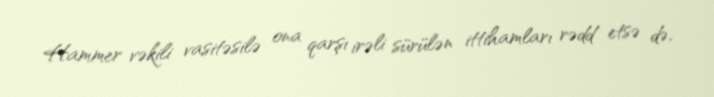
Hammer vəkili vasitəsilə ona qarşı irəli sürülən ittihamları rədd etsə də,